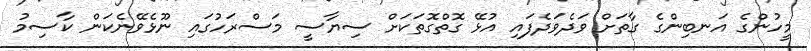
މީހުންގެ އަނބިންގެ ގާތަށް ވަދެވަދެފައި އުޅޭ ގޮތްގޮތަކަށް ސިޔާސީ މަސްރަހުގައި ނޫޅެވޭނެކަން ކާސިމު